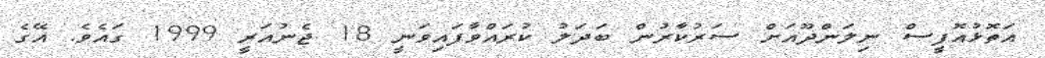
އަތޮޅުއޮފީސް ނިލަންދޫއަށް ސަރުކާރުން ބަދަލު ކުރައްވާފައިވަނީ 18 ޖެނުއަރީ 1999 ގައެވެ. އޭގެ